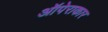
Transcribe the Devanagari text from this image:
ऑपेराकार